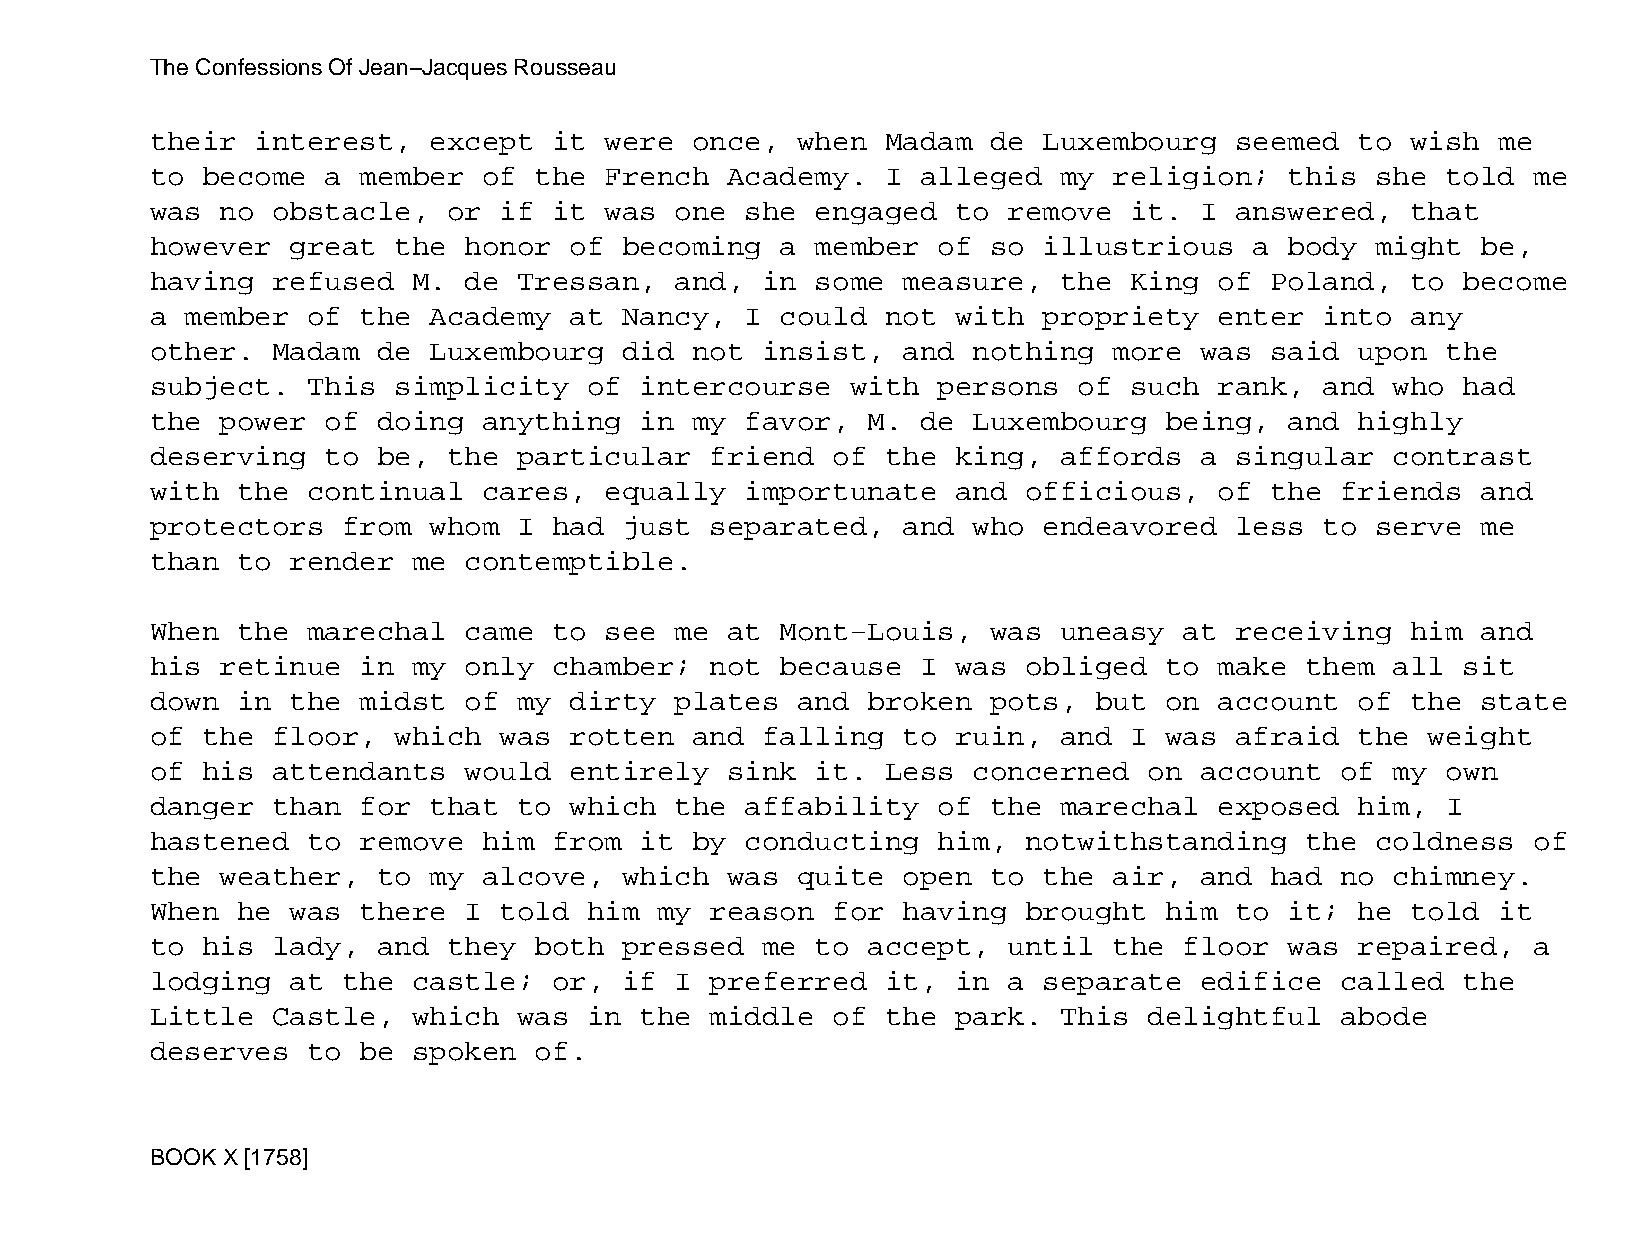
The Confessions Of Jean−Jacques Rousseau
 their  interest,  except   it were  once,  when  Madam  de Luxembourg   seemed  to wish  me
 to become   a member  of the  French  Academy.   I alleged  my  religion;  this  she  told me
 was  no obstacle,   or if  it was  one she  engaged  to  remove  it. I  answered,  that
 however  great  the  honor  of becoming   a member  of  so illustrious   a body  might  be,
 having  refused  M.  de Tressan,   and, in  some  measure,  the  King  of Poland,  to  become
 a member  of  the Academy   at Nancy,  I  could  not with  propriety   enter  into any
 other.  Madam  de Luxembourg   did  not insist,   and nothing   more was  said  upon  the
 subject.  This  simplicity   of intercourse   with  persons  of  such  rank,  and who  had
 the  power  of doing  anything  in  my favor,  M.  de Luxembourg   being,  and  highly
 deserving   to be,  the particular   friend  of  the king,  affords  a  singular  contrast
 with  the continual   cares,  equally  importunate   and  officious,   of the  friends  and
 protectors   from whom  I  had just  separated,   and who  endeavored   less  to serve  me
 than  to render  me  contemptible.
 When  the marechal   came  to see  me at  Mont−Louis,   was uneasy  at  receiving  him  and
 his  retinue  in my  only  chamber;  not  because  I was  obliged  to  make them  all  sit
 down  in the  midst  of my  dirty  plates  and broken   pots, but  on  account  of the  state
 of the  floor,  which  was  rotten  and falling   to ruin,  and  I was  afraid  the  weight
 of his  attendants   would  entirely  sink  it.  Less concerned   on account   of my  own
 danger  than  for that  to  which  the affability   of  the marechal   exposed  him,  I
 hastened  to  remove  him  from it  by conducting   him,  notwithstanding   the  coldness  of
 the  weather,  to my  alcove,  which  was  quite  open  to the  air, and  had  no chimney.
 When  he was  there  I told  him  my reason  for  having  brought  him  to it;  he told  it
 to his  lady,  and  they both  pressed  me  to accept,   until  the floor  was  repaired,  a
 lodging  at  the castle;   or, if  I preferred   it, in  a separate  edifice   called  the
 Little  Castle,  which  was  in the  middle  of  the park.  This  delightful   abode
 deserves  to  be spoken  of.
 BOOK X [1758]